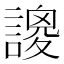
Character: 𧫝